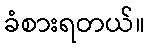
ခံစားရတယ်။